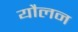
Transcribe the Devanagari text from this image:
यौलन